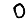
Digit: 0